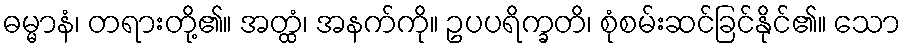
ဓမ္မာနံ၊ တရားတို့၏။ အတ္ထံ၊ အနက်ကို။ ဥပပရိက္ခတိ၊ စုံစမ်းဆင်ခြင်နိုင်၏။ သော